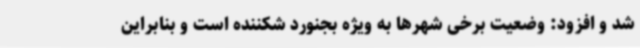
شد و افزود: وضعیت برخی شهرها به ویژه بجنورد شکننده است و بنابراین